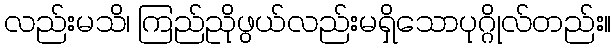
လည်းမသိ၊ ကြည်ညိုဖွယ်လည်းမရှိသောပုဂ္ဂိုလ်တည်း။